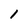
Character: l